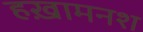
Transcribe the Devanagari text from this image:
हख़ामनश